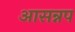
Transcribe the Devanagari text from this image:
आसन्नप